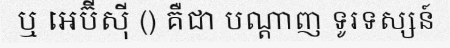
ឬ អេប៊ីស៊ី () គឺជា បណ្តាញ ទូរទស្សន៍